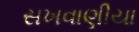
સખવાણીયા